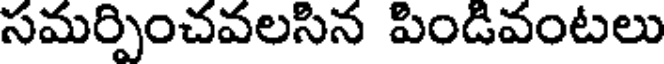
సమర్పించవలసిన పిండివంటలు